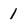
Character: 1